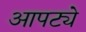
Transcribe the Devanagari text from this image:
आपट्ये